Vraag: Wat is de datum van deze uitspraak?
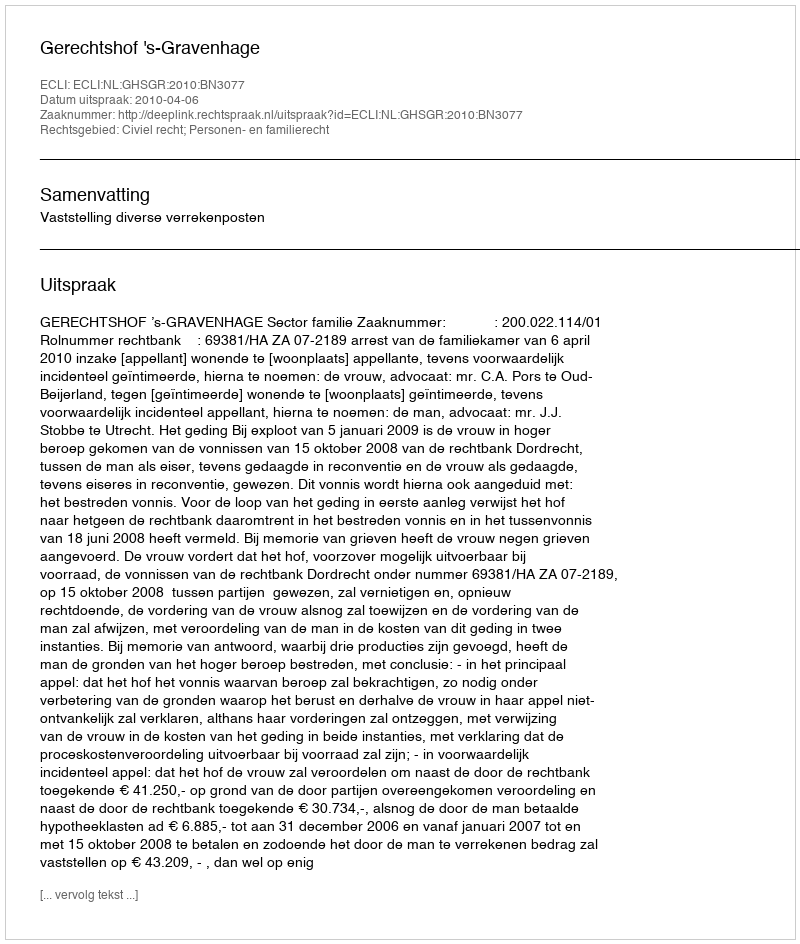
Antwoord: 2010-04-06